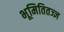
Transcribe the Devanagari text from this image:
भूमितितज्ज्ञ